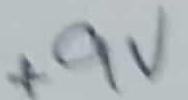
Text: +9V